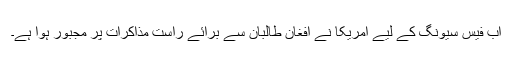
اب فیس سیونگ کے لیے امریکا نے افغان طالبان سے برائے راست مذاکرات پر مجبور ہوا ہے۔